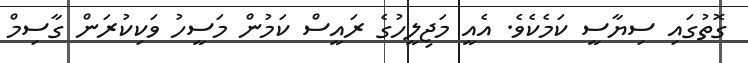
ގޮތުގައި ސިޔާސީ ކަމެކެވެ. އެއީ މަޖިލީހުގެ ރައީސް ކަމުން މަސީހު ވަކިކުރަން ގާސިމް